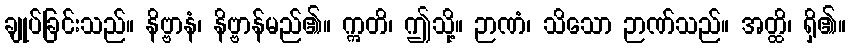
ချုပ်ခြင်းသည်။ နိဗ္ဗာနံ၊ နိဗ္ဗာန်မည်၏။ ဣတိ၊ ဤသို့။ ဉာဏံ၊ သိသော ဉာဏ်သည်။ အတ္ထိ၊ ရှိ၏။